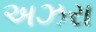
અઝરા